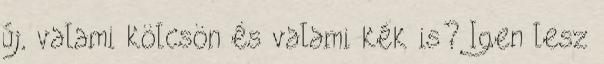
új, valami kölcsön és valami kék is? Igen lesz